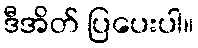
ဒီအိတ် ပြပေးပါ။